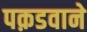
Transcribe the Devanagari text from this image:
पक़डवाने